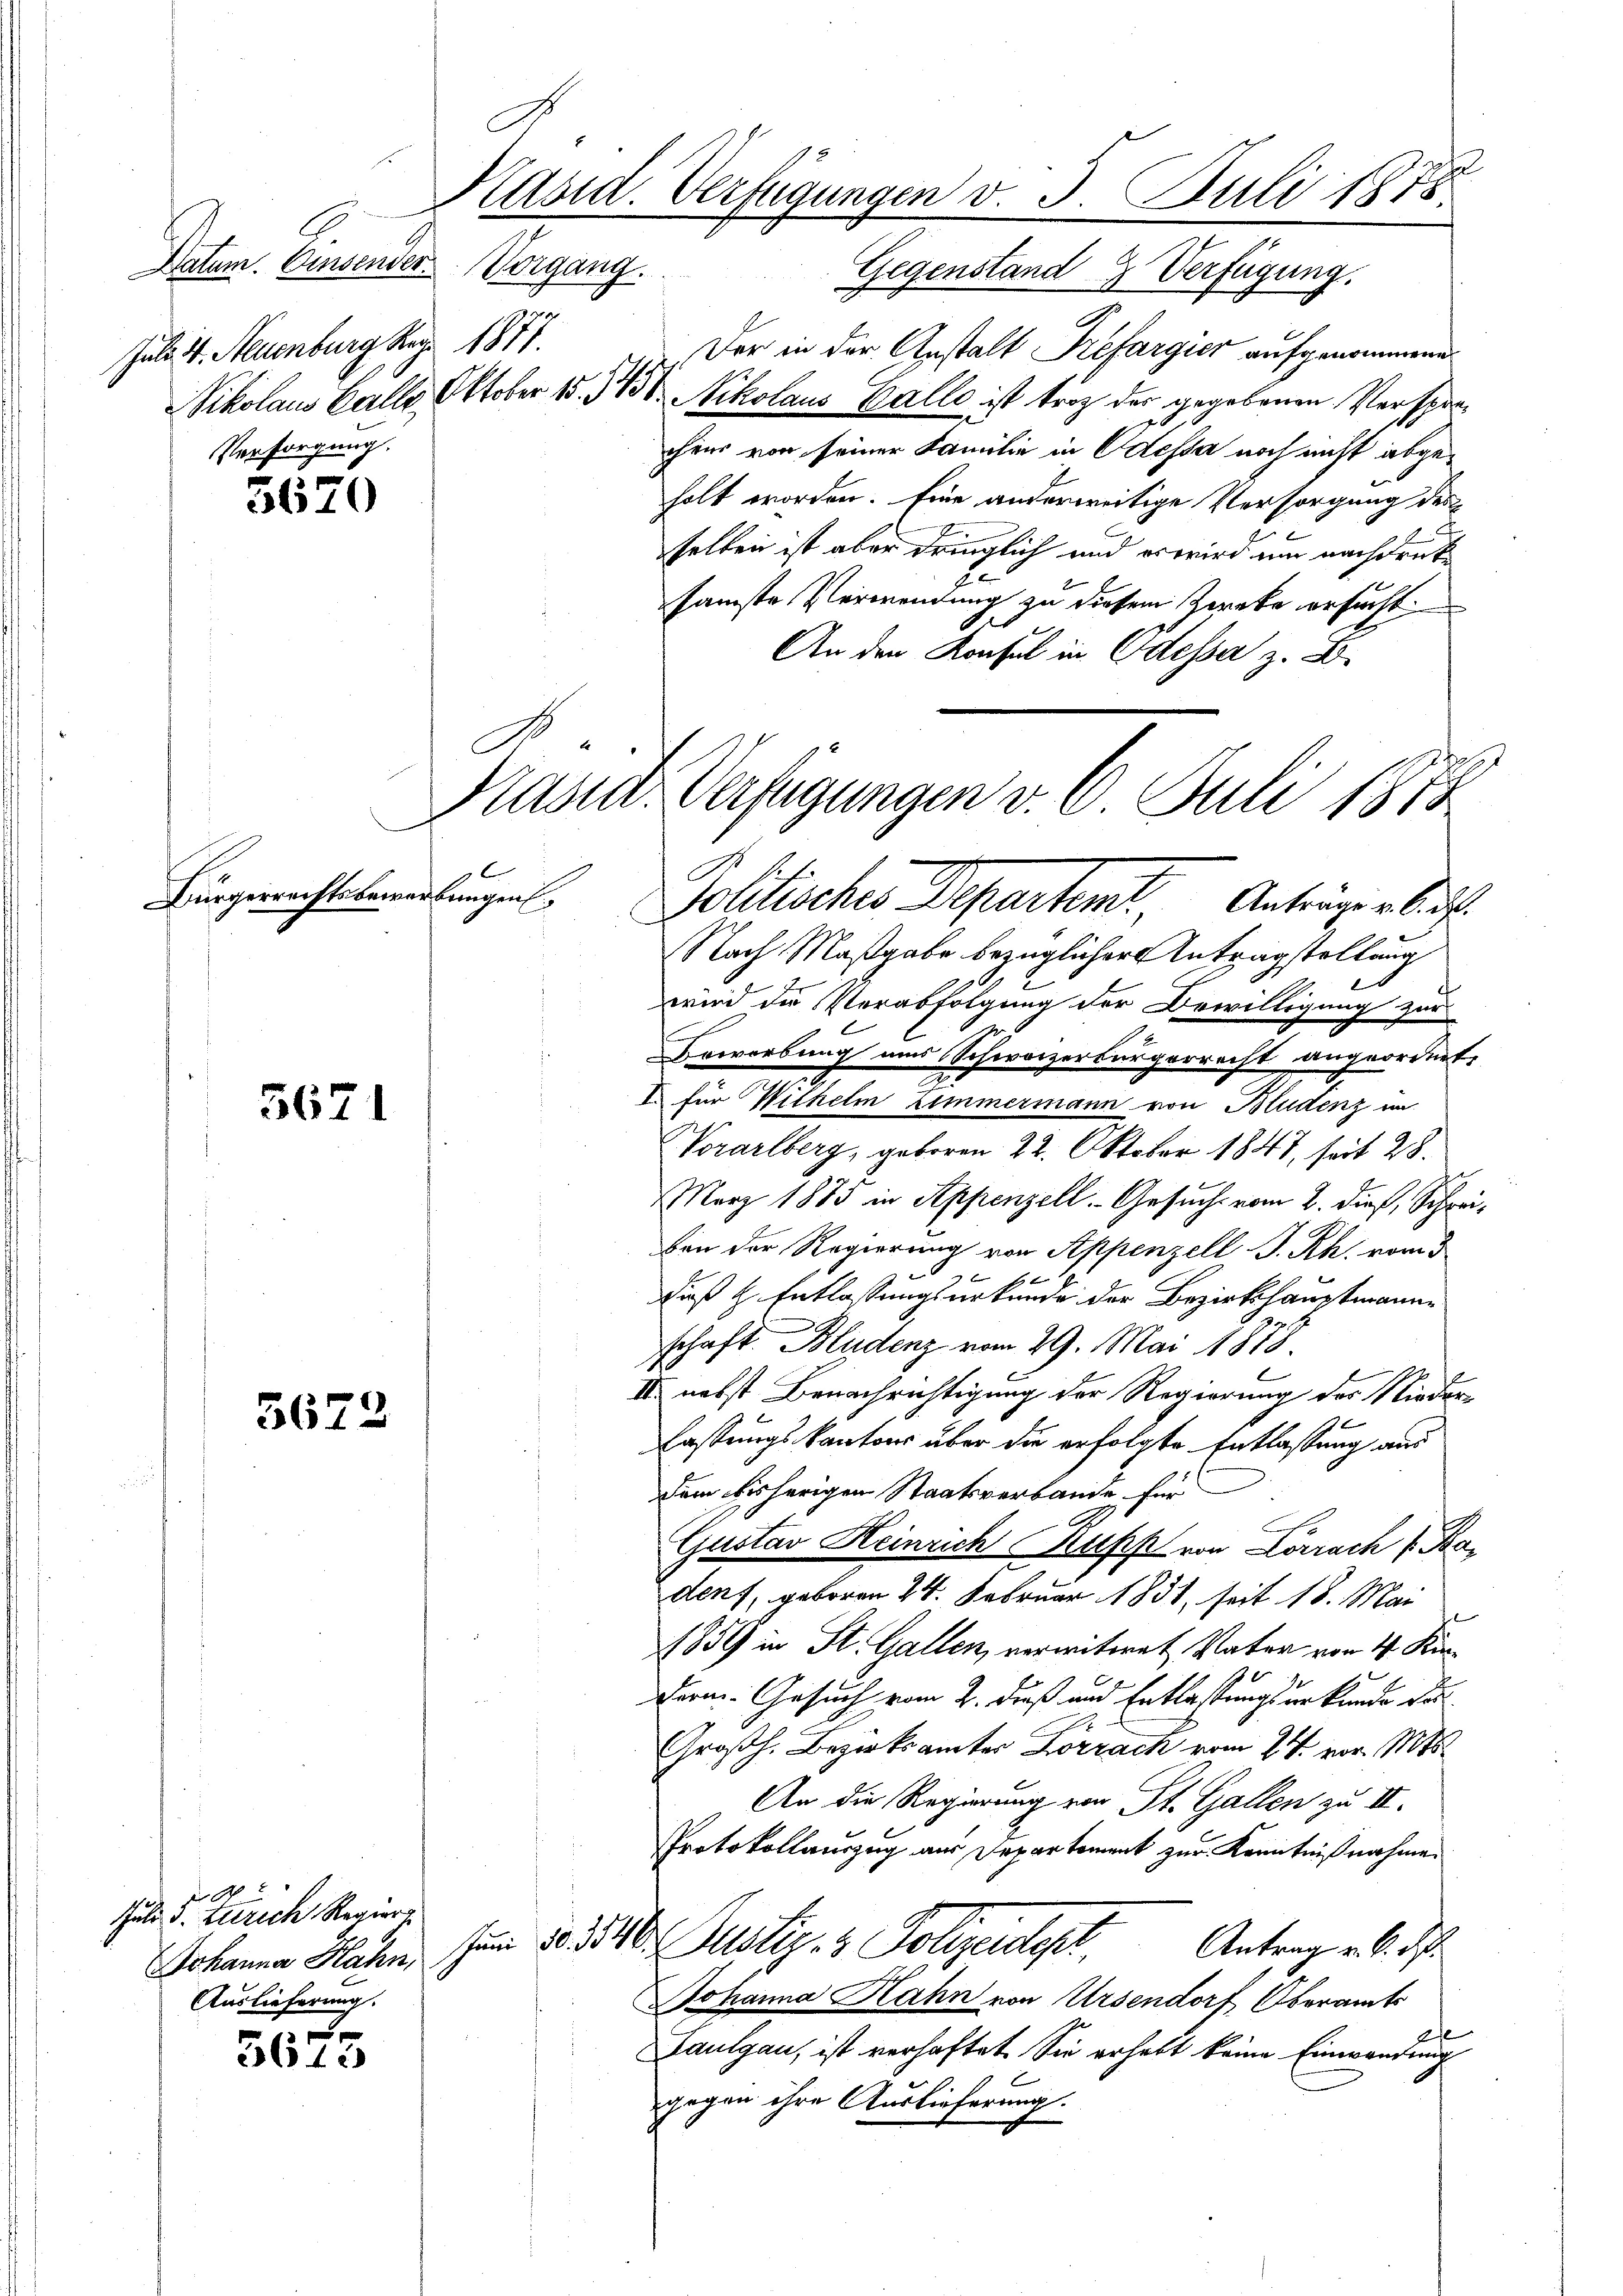
Datum. Einsender Vorgang.
Juli v. Neuenburg Rez. 1877.
Versorgung.

5620

Bürgerrechtsbewerbungen

5671

5672

x
3613

2
Käsid. Verfügungen v. 5. Juli 1878.
Gegenstand 2 Verfügung.

x

Der in der Anstalt Prefargier aufgenommene
Sikolaus Balle Oktober 15. 383. Nikolaus Galle ist trag der gegebenen Versprachens von seiner Familie in Odessa noch nicht abgeholt worden. Eine anderweitige Versorgung des
selben ist aber dringlich und er wird um nachdruksamste Verwendung zu diesem Zweke ersucht.
An den Konsul in Odesser z. B.
Nach Maßgabe bezüglicher Antragstellung
e
wird die Verabfolgung der Bewilligung zur
Bewerbung uns Schweizerbürgerrecht angeordnet.
I für Wilhelm Zimmermann von Bludenz in
Vorarlberg, geboren 22. Oktober 1847, seit 28.
März 1883 in Appenzell. Gesuch vom 2. dieß, Schreiben der Regierung von Appenzell I. Rh. vom 3
daß H. Entlaßungsurkunde der Bezirkshauptmanne
schaft Bludenz vom 29. Mai 1878.
II nebst Benachrichtigung der Regierung des Niederfassungskantons über die erfolgte Entlassung aus
dem bisherigen Staatsverbande für
Gustav Heinrich Kupp von Lörrach P. Bar
den, geboren 24. Februar 1831, seit 18. Mai
1859 in St. Gallen, verwitwet Vater vom 4. Kin¬
Germ. Gesuch vom 2. dieß und Entlastungsurkunde du
Großh. Bezirksamter Lörrach vom 24. vor. Mts.
An die Regierung von St. Gallen zu II.
Protokollauszug aus Departement zur Kenntnißnahmen
sen §. 310. Justiz- & Polizeider,
Antrag v. 6. ds.
Johanna Hahn von Ursendorf Oberamts
2
Paulgau, ist verhaftet. Sie erhebt keine Einwendung
gegen ihre Auslieferung.

Kasta.

Juli d. Zürich Regier
Johanna Hahn,
Auslieferung.

Verfügungen v. 6. Juli 1878
Politisches Departent, Anträger bi